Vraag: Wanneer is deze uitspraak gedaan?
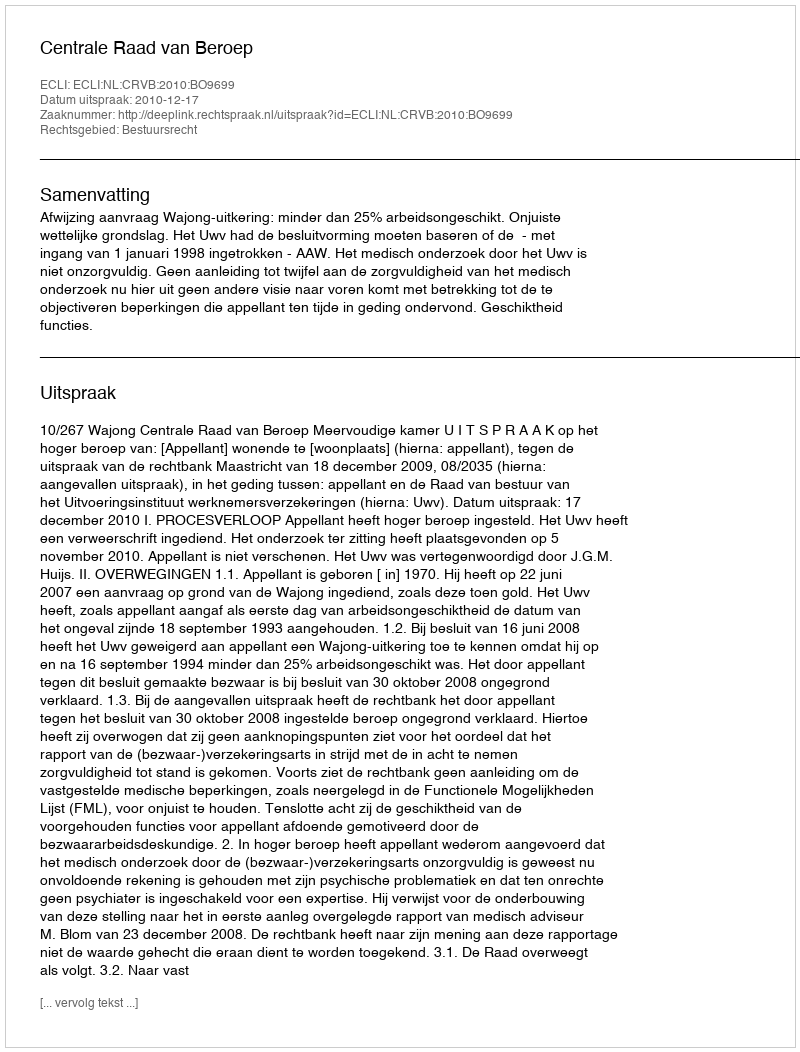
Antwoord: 2010-12-17